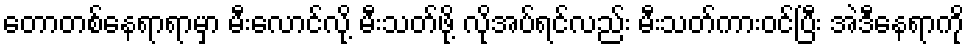
တောတစ်နေရာရာမှာ မီးလောင်လို့ မီးသတ်ဖို့ လိုအပ်ရင်လည်း မီးသတ်ကားဝင်ပြီး အဲဒီနေရာကို